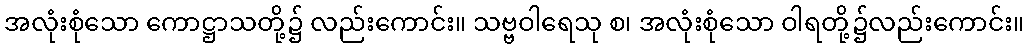
အလုံးစုံသော ကောဋ္ဌာသတို့၌ လည်းကောင်း။ သဗ္ဗဝါရေသု စ၊ အလုံးစုံသော ဝါရတို့၌လည်းကောင်း။